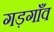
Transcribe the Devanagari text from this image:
गड़गाँव